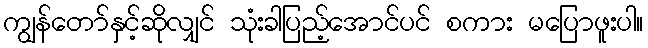
ကျွန်တော်နှင့်ဆိုလျှင် သုံးခါပြည့်အောင်ပင် စကား မပြောဖူးပါ။